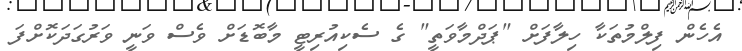
އެހެން ފިލްމުތަކާ ހިލާފަށް "ޕަދްމާވަތީ" ގެ ސެކިއުރިޓީ މާބޮޑަށް ވެސް ވަނީ ވަރުގަދަކޮށްފަ